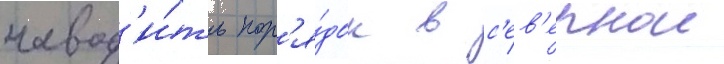
навод'и́ть пор'я́док в с'ев'ернои